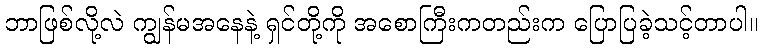
ဘာဖြစ်လို့လဲ ကျွန်မအနေနဲ့ ရှင်တို့ကို အစောကြီးကတည်းက ပြောပြခဲ့သင့်တာပါ။